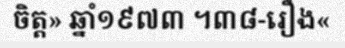
ចិត្ត» ឆ្នាំ១៩៧៣ ។៣៨-រឿង«